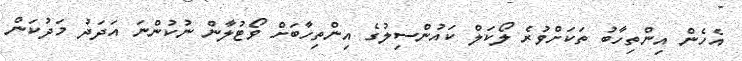
އެހެން އިންތިހާބު ތަކަށްވުރެ ލޯކަލް ކައުންސިލުގެ އިންތިހާބަށް ވޯޓުލާން ނުކުންނަ އަދަދު މަދުކަން